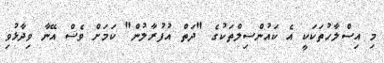
މި އިސްލާހުތަކަކީ އެ ކައުންސިލްތަކުގެ "ދަތް އުފުރާލުން" ކަމަށް ވެސް އޭނާ ވިދާޅުވި